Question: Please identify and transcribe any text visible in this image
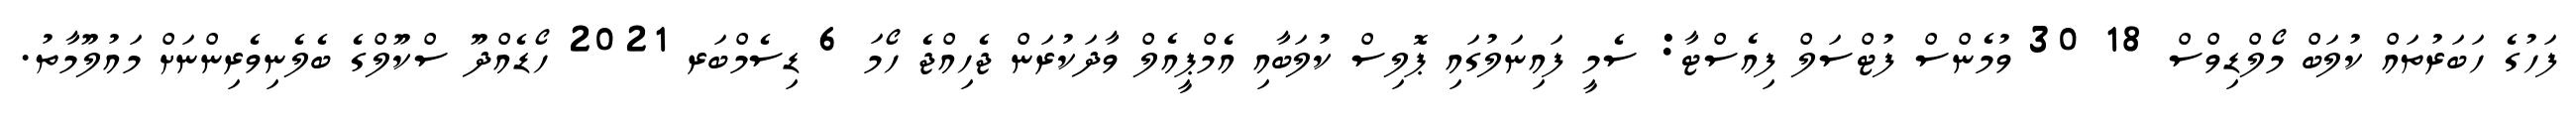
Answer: ފަހުގެ ހަބަރުތައް ކުލަބް މޯލްޑިވްސް 18 30 ވުމެންސް ފުޓްސަލް ފިއެސްޓާ: ސެމީ ފައިނަލުގައި ޕޮލިސް ކުލަބާއި އެމްޕީއެލް ވާދަކުރަން ޖެހިއްޖެ ހޯމަ 6 ޑިސެމްބަރ 2021 ހޯޑެއްދޫ ސްކޫލްގެ ބެލެނިވެރިންނަށް މައުލޫމާތު.